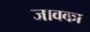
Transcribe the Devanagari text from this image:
जावका